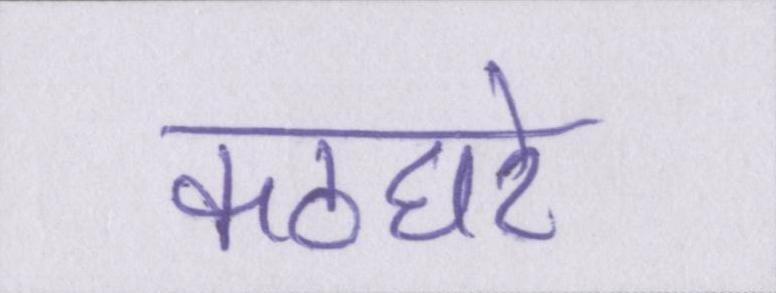
कठघरे